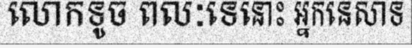
លោកទូច ពលៈទេនោះ អ្នកនេសាទ